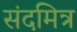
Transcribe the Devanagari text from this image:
संदमित्र